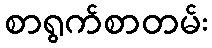
စာရွက်စာတမ်း